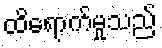
ထိရောက်မှုသည်